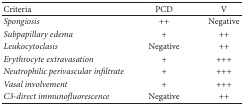
<table><thead><tr><td><b>Criteria</b></td><td><b>PCD</b></td><td><b>V</b></td></tr></thead><tbody><tr><td><i>Spongiosis </i></td><td>++</td><td>Negative</td></tr><tr><td><i>Subpapillary edema</i></td><td>+</td><td>++</td></tr><tr><td><i>Leukocytoclasis </i></td><td>Negative</td><td>++</td></tr><tr><td><i>Erythrocyte extravasation </i></td><td>+</td><td>+++</td></tr><tr><td><i>Neutrophilic perivascular infiltrate </i></td><td>+</td><td>+++</td></tr><tr><td><i>Vasal involvement </i></td><td>+</td><td>+++</td></tr><tr><td><i>C3-direct immunofluorescence </i></td><td>Negative</td><td>++</td></tr></tbody></table>